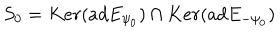
LaTeX: S _ { 0 } = K e r ( a d E _ { \psi _ { 0 } } ) \cap K e r ( a d E _ { - \psi _ { 0 } } )